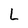
Character: L